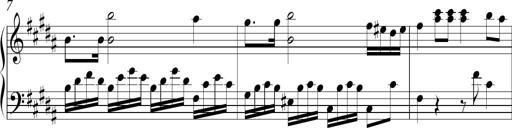
Title: Ten Piano Sonatinas
Composer: Andreas Sain